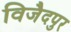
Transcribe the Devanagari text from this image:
विजैदपुर